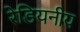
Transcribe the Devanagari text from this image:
रेडियनीय